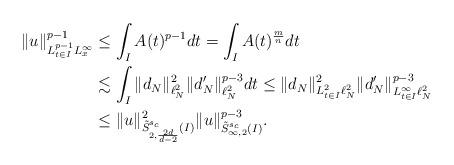
LaTeX: \begin{align*}\|u\|_{L_{t\in I}^{p-1}L_x^\infty}^{p-1}&\leq \int_I A(t)^{p-1}dt=\int_I A(t)^\frac{m}{n}dt\\&\lesssim\int_I \|d_N\|_{\ell_N^2}^2\|d_N'\|_{\ell_N^2}^{p-3} dt\leq \|d_N\|_{L_{t\in I}^2\ell_N^2}^2\|d_N'\|_{L_{t\in I}^\infty\ell_N^2}^{p-3}\\&\leq \|u\|_{\tilde{S}_{2,\frac{2d}{d-2}}^{s_c}(I)}^{2}\|u\|_{\tilde{S}_{\infty,2}^{s_c}(I)}^{p-3}.\end{align*}